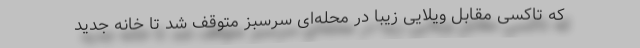
که تاکسی مقابل ویلایی زیبا در محله‌ای سرسبز متوقف شد تا خانه جدید